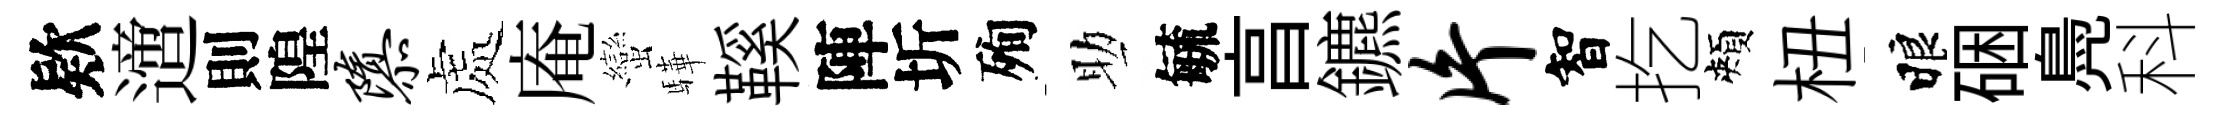
欵𨗁則隍隳處庵蠻驊鞵陣圻殉助毓亯鑣片智扢頰杻睱硱鳧科